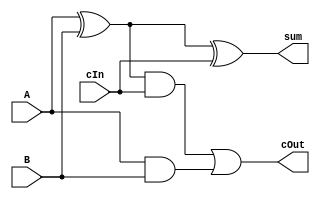
`timescale 1ns/1ns
module full_add (sum, cOut, A, B, cIn);
  
  output  sum, cOut;
  input   A, B, cIn;
  
  wire w1,w2,w3;
  
  xor g1 (w1,A,B);
  xor g2 (sum,w1,cIn);
  
  and g3 (w2,w1,cIn);
  and g4 (w3,A,B);
  
  or  g5 (cOut,w2,w3);
  
endmodule